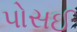
પોસઈ